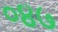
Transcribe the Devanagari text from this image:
०४७